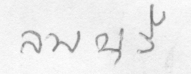
ลพบุรี